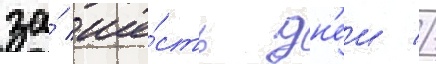
за́ ше́сть дн'еи //